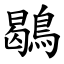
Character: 鶡